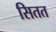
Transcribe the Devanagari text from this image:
सितत